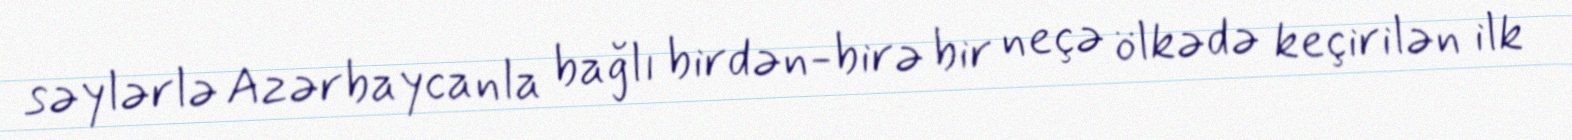
səylərlə Azərbaycanla bağlı birdən-birə bir neçə ölkədə keçirilən ilk